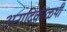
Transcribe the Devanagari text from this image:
अनादिकाळथी